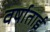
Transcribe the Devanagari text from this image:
वर्षाताई